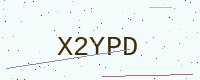
Text: X2YPD